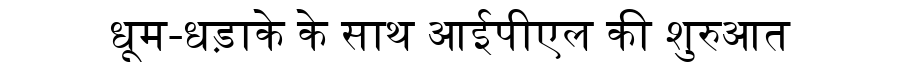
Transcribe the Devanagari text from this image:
धूम-धड़ाके के साथ आईपीएल की शुरुआत